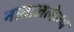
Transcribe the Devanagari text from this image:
नावाजलेल्य